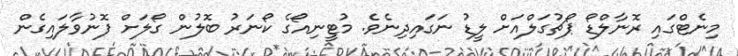
މިނެޓްގައި ރޮނާލްޑޯ ޕޯޗުގަލްއަށް ލީޑު ނަގައިދިިނެވެ. މުޓީނިއޯގެ ކޯނަރު ބޮލުން ގޯލަށް ފޮނުވާލައިގެން